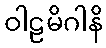
ဝါဠမိဂါနိ